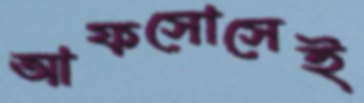
আফসোসেই